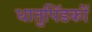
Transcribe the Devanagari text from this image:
धातुपिंडकों